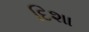
દિશા